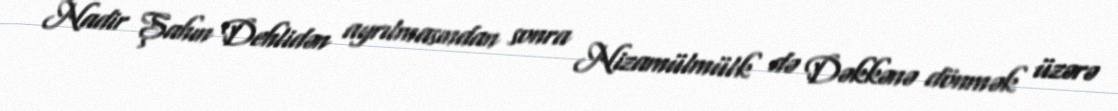
Nadir Şahın Dehlidən ayrılmasından sonra Nizamülmülk də Dəkkənə dönmək üzərə